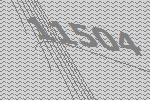
11504